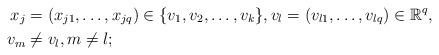
LaTeX: \begin{align*}x_j &= (x_{j1},\ldots,x_{jq}) \in \{v_1, v_2,\ldots,v_k \},v_l =(v_{l1}, \ldots, v_{lq}) \in \mathbb{R}^q,\\v_m &\neq v_l, m\neq l;\end{align*}